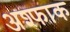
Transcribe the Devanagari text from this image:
अश्फाक